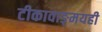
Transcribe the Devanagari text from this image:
टीकावाङ्‌मयही